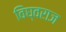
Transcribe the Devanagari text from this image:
विघ्वराज